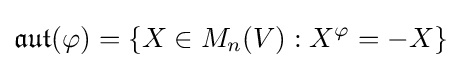
{\mathfrak {aut}}(\varphi )=\left\{X\in M_{n}(V):X^{\varphi }=-X\right\}